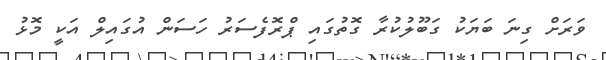
ވަރަށް ގިނަ ބަޔަކު ގަބޫލުކުރާ ގޮތުގައި ޕްރޮފެސަރު ހަސަން އުގައިލް އަކީ މޮޅު